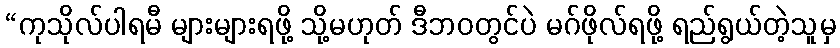
“ကုသိုလ်ပါရမီ များများရဖို့ သို့မဟုတ် ဒီဘဝတွင်ပဲ မဂ်ဖိုလ်ရဖို့ ရည်ရွယ်တဲ့သူမှ